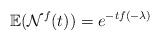
LaTeX: \begin{align*}\mathbb{E}(\mathcal{N}^f(t))=e^{-tf(-\lambda)}\end{align*}